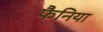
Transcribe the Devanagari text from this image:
फैनिया